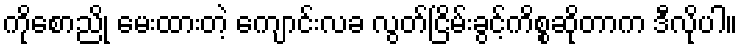
ကိုစောညို မေးထားတဲ့ ကျောင်းလခ လွတ်ငြိမ်းခွင့်ကိစ္စဆိုတာက ဒီလိုပါ။